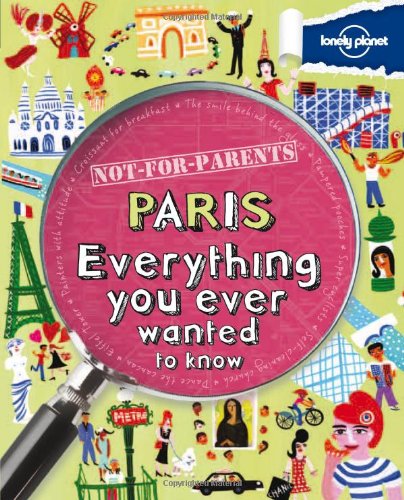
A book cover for Not For Parents Paris: Everything You Ever Wanted to Know (Lonely Planet Not for Parents); Lonely Planet; Children's Books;